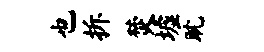
也拆焚墟耽